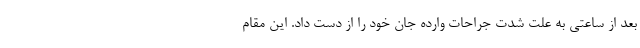
بعد از ساعتی به علت شدت جراحات وارده جان خود را از دست داد. این مقام